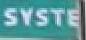
syste